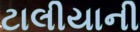
ટાલીયાની